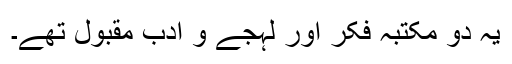
یہ دو مکتبہ فکر اور لہجے و ادب مقبول تھے۔